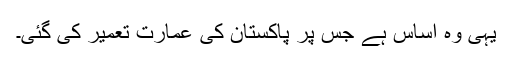
یہی وہ اساس ہے جس پر پاکستان کی عمارت تعمیر کی گئی۔